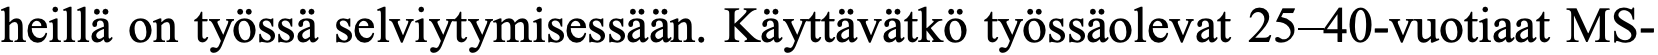
heillä on työssä selviytymisessään. Käyttävätkö työssäolevat 25–40-vuotiaat MS-